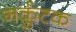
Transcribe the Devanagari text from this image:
नर्कुटक